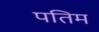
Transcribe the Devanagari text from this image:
पतिम